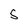
Character: 5